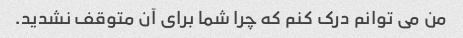
من می توانم درک کنم که چرا شما برای آن متوقف نشدید.